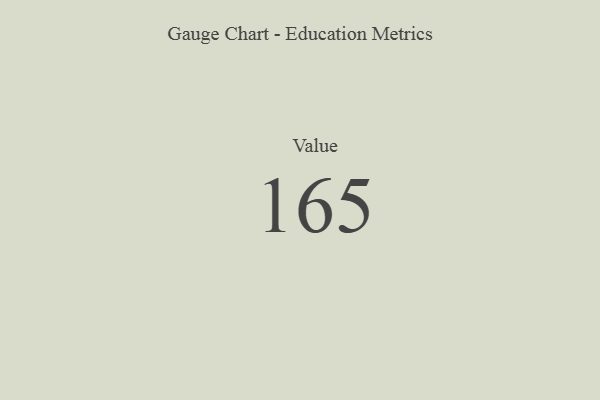
{"axis": {"x": "Metric", "y": "Value"}, "legend": [""], "data": [{"x": "Value", "y": 165, "type": ""}]}